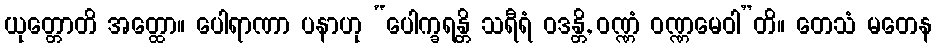
ယုတ္တောတိ အတ္ထော။ ပေါရာဏာ ပနာဟု “ပေါက္ခရန္တိ သရီရံ ဝဒန္တိ, ဝဏ္ဏံ ဝဏ္ဏမေဝါ”တိ။ တေသံ မတေန